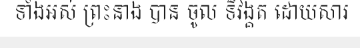
ទាំងអស់ ព្រះនាង បាន ចូល ទិវង្គត ដោយសារ